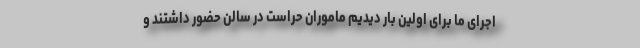
اجرای ما برای اولین بار دیدیم ماموران حراست در سالن حضور داشتند و